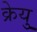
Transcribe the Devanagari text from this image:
क्रेयु